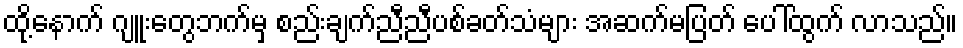
ထို့နောက် ဂျူးတွေဘက်မှ စည်းချက်ညီညီပစ်ခတ်သံများ အဆက်မပြတ် ပေါ်ထွက် လာသည်။